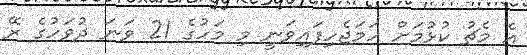
އެ މެޗު ކުޅުމަށް ހަމަޖެހިފައިވަނީ މި މަހުގެ 21 ވަނަ ދުވަހުގެ ރޭ